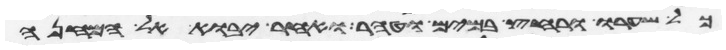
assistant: כל שערו ורחץ במים וטהר ואחר יבוא אל המחנה